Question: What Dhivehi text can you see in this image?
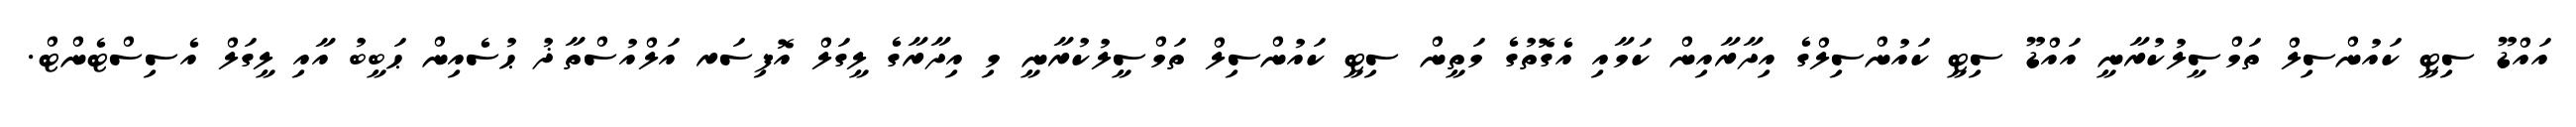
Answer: އައްޑޫ ސިޓީ ކައުންސިލް ތަމްސީލުކުރާނީ އައްޑޫ ސިޓީ ކައުންސިލްގެ އިދާރާއިން ކަމާއި އެގޮތުގެ މަތީން ސިޓީ ކައުންސިލް ތަމްސީލުކުރާނީ މި އިދާރާގެ ލީގަލް އޮފިސަރ އަލްއުސްތާޛު ޙުސެއިން ޙަބީބު އާއި ލީގަލް އެސިސްޓެންޓް.